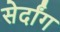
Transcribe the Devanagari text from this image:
सेर्दांग